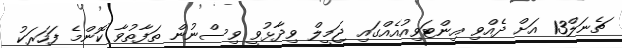
ޗެނަލް13 އަށް ދެއްވި އިންޓަވިއުއެއްގައި ޖަމީލް ވިދާޅުވީ ވިސްނުން ތަފާތުވާ ކޮންމެ ފަހަރަކު